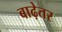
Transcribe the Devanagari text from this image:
बाढ़ेतर